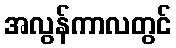
အလွန်ကာလတွင်